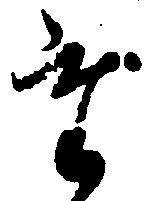
た